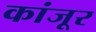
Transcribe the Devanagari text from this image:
कांजूर